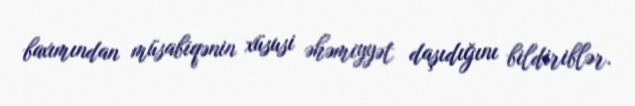
baxımından müsabiqənin xüsusi əhəmiyyət daşıdığını bildiriblər.